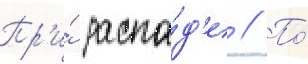
Пр'и́ распа́д'е // По́